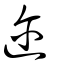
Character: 邇